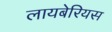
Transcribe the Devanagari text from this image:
लायबेरियस